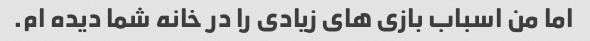
اما من اسباب بازی های زیادی را در خانه شما دیده ام.